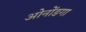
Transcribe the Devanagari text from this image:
ओनोंडगा